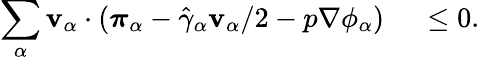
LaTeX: \begin{array}{rl}{\displaystyle\sum_{\alpha}\mathbf{v}_{\alpha}\cdot(\boldsymbol{\pi}_{\alpha}-\hat{\gamma}_{\alpha}\mathbf{v}_{\alpha}/2-p\nabla\phi_{\alpha})}&{{}~\leq 0.}\end{array}